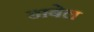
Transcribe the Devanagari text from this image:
डाबेल